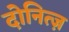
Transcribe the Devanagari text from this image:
दोनित्ज़